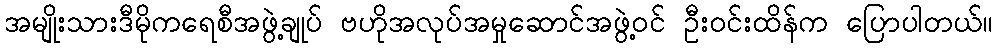
အမျိုးသားဒီမိုကရေစီအဖွဲ့ချုပ် ဗဟိုအလုပ်အမှုဆောင်အဖွဲ့ဝင် ဦးဝင်းထိန်က ပြောပါတယ်။